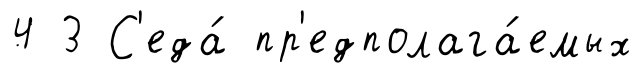
4 3 С'еда́ пр'едполага́емых